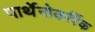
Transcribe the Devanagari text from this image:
पार्थेनोकर्पिक